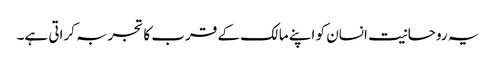
یہ روحانیت انسان کو اپنے مالک کے قرب کا تجربہ کراتی ہے۔